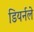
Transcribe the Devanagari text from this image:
डियर्नले